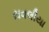
રાવલીયા